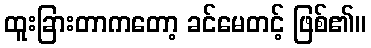
ထူးခြားတာကတော့ ခင်မေတင့် ဖြစ်၏။